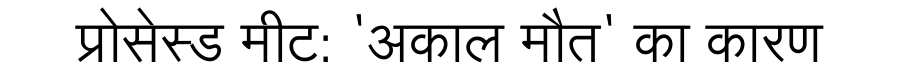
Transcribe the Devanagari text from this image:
प्रोसेस्ड मीट: 'अकाल मौत' का कारण